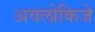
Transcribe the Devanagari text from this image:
अवलोकिजे